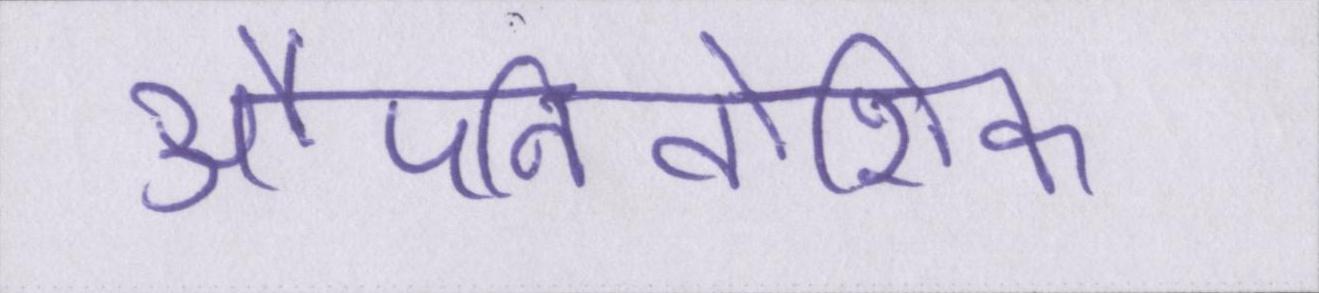
औपनिवेशिक